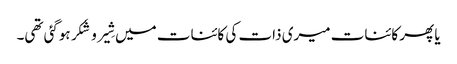
یا پھر کائنات میری ذات کی کائنات میں شِیر و شَکر ہوگئی تھی۔